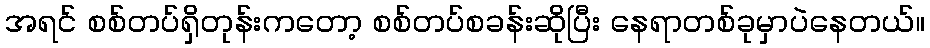
အရင် စစ်တပ်ရှိတုန်းကတော့ စစ်တပ်စခန်းဆိုပြီး နေရာတစ်ခုမှာပဲနေတယ်။